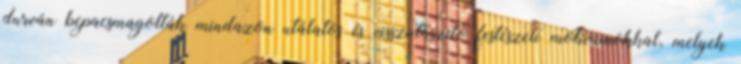
durván bepacsmagolták mindazon utálatos és visszataszító festészeti motívumokkal, melyek